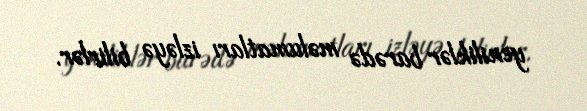
yeniliklər barədə məlumatları izləyə bilirlər.